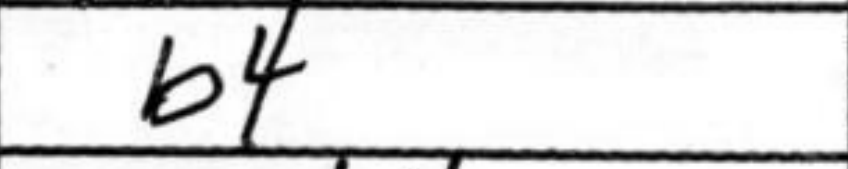
Transcription: b4